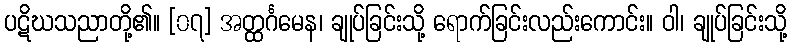
ပဋိဃသညာတို့၏။ [၀၇] အတ္ထင်္ဂမေန၊ ချုပ်ခြင်းသို့ ရောက်ခြင်းလည်းကောင်း။ ဝါ၊ ချုပ်ခြင်းသို့